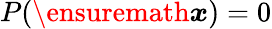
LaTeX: P(\ensuremath{\boldsymbol{x}})=0